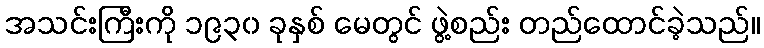
အသင်းကြီးကို ၁၉၃၀ ခုနှစ် မေတွင် ဖွဲ့စည်း တည်ထောင်ခဲ့သည်။